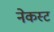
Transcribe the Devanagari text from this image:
नेकस्ट